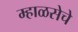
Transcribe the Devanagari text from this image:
म्हाळसेचे